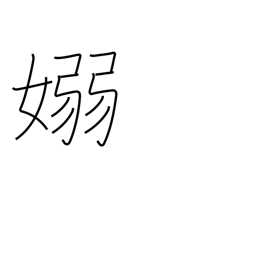
Meaning: pliant